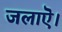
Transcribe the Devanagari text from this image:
जलाऎ।